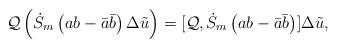
LaTeX: \begin{align*}\mathcal{Q}\left( \dot{S}_{m}\left( ab-\bar{a}\bar{b}\right) \Delta\tilde{u}\right) =[\mathcal{Q},\dot{S}_{m}\left( ab-\bar{a}\bar{b}\right)]\Delta\tilde{u}, \end{align*}